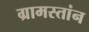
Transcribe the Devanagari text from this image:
ग्रामस्तांन